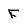
Character: F